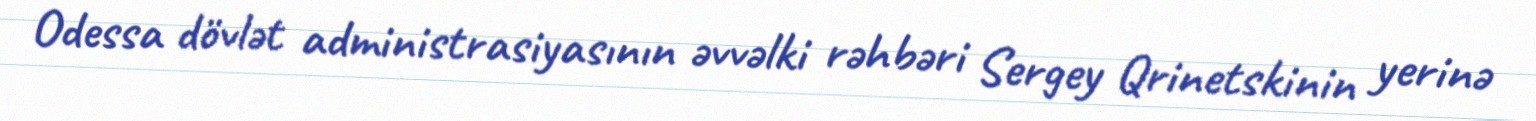
Odessa dövlət administrasiyasının əvvəlki rəhbəri Sergey Qrinetskinin yerinə